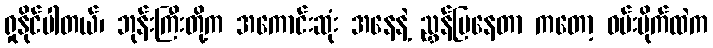
ရှုနိုင်ပါတယ်၊ ဘုန်းကြီးတို့က အကောင်းဆုံး အနေနဲ့ ညွှန်ပြနေတာ ကတော့ ဝမ်းဗိုက်ထဲက